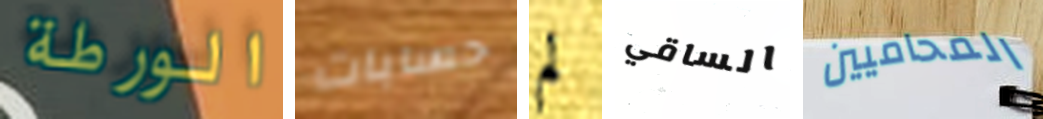
الورطة حسابات لم الساقي المحاميين